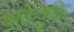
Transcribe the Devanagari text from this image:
शक्तियुक्ति